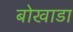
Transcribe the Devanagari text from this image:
बोखाडा